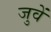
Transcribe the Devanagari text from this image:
जुवें